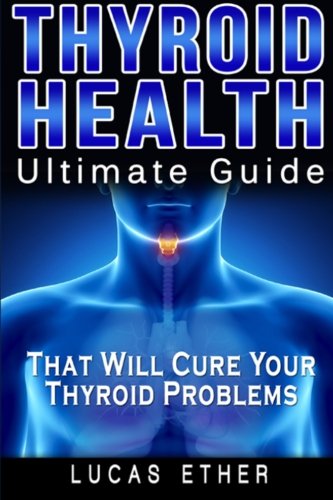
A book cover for Thyroid Health: Ultimate guide that will cure your thyroid problems; Lucas Ether; Health, Fitness & Dieting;